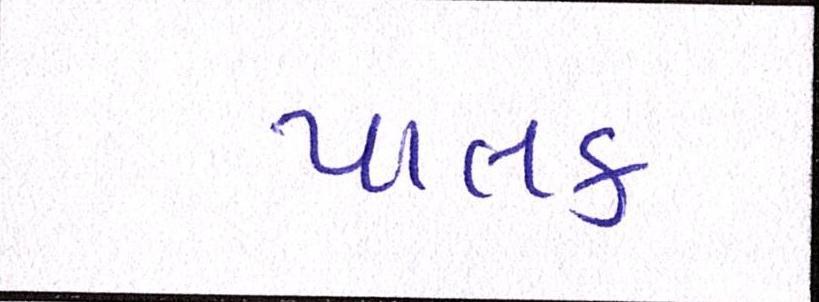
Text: પાલક